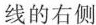
线的右侧